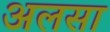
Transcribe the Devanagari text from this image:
अलसा